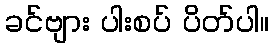
ခင်ဗျား ပါးစပ် ပိတ်ပါ။